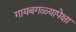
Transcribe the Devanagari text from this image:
गायबगळ्यापेक्षा